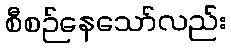
စီစဉ်နေသော်လည်း